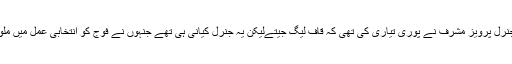
اسی طرح وہ 2008 کے انتخابات کے موقع پر آرمی چیف تھے اور جنرل پرویز مشرف نے پوری تیاری کی تھی کہ قاف لیگ جیتےلیکن یہ جنرل کیانی ہی تھے جنہوں نے فوج کو انتخابی عمل میں ملوث نہیں ہونے دیا اور نتیجتاً پیپلز پارٹی جیت جبکہ قاف لیگ ہار گئی ۔